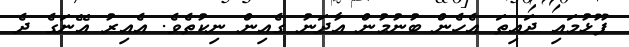
ފޫޅުމައި ދައިތަ އެހެން ބުނުމުން އާދަނު ގެއިން ނިކުތެވެ. އެއިރު އޭނަގެ ދެ